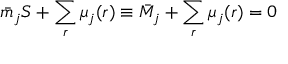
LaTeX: \bar { m } _ { j } S + \sum _ { r } \mu _ { j } ( r ) \equiv \bar { M } _ { j } + \sum _ { r } \mu _ { j } ( r ) = 0